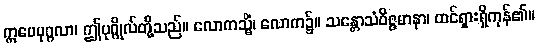
ဣမေပုဂ္ဂလာ၊ ဤပုဂ္ဂိုလ်တို့သည်။ လောကသ္မိံ၊ လောက၌။ သန္တောသံဝိဇ္ဇမာနာ၊ ထင်ရှားရှိကုန်၏။